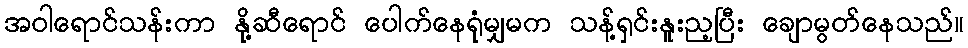
အဝါရောင်သန်းကာ နို့ဆီရောင် ပေါက်နေရုံမျှမက သန့်ရှင်းနူးည့ပြီး ချောမွတ်နေသည်။